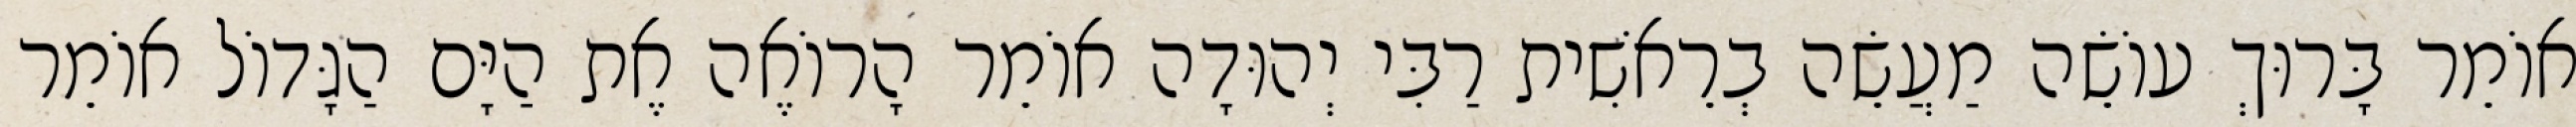
אוֹמֵר בָּרוּךְ עוֹשֵׂה מַעֲשֵׂה בְרֵאשִׁית רַבִּי יְהוּדָה אוֹמֵר הָרוֹאֶה אֶת הַיָּם הַגָּדוֹל אוֹמֵר